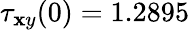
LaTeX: \tau_{\mathbf{x}y}(0)=1.2895